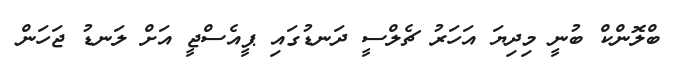
ބްލޮންކް ބުނީ މިދިޔަ އަހަރު ޗެލްސީ ދަނޑުގައި ޕީއެސްޖީ އަށް ލަނޑު ޖަހަން